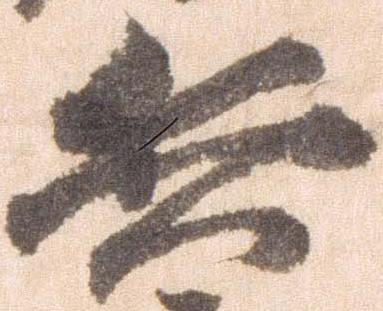
兵